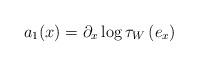
LaTeX: \begin{align*}a_{1}(x)=\partial_{x}\log\tau_{W}\left( e_{x}\right) \end{align*}